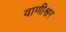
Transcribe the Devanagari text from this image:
वाणीश्वर